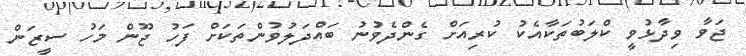
ޖަވާ ވިދާޅުވީ ކްލަބުތަކާއެކު ކުރިއަށް ގެންދެވުނު ބައްދަލުވުންތަކަށް ފަހު ޖޫން މަހު ސީޒަން